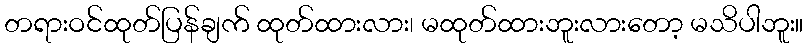
တရားဝင်ထုတ်ပြန်ချက် ထုတ်ထားလား၊ မထုတ်ထားဘူးလားတော့ မသိပါဘူး။